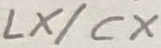
Text: LX/CX